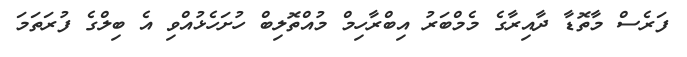
ފަރެސް މާތޮޑާ ދާއިރާގެ މެމްބަރު އިބްރާހިމް މުއްތޮލިބް ހުށަހެޅުއްވި އެ ބިލްގެ ފުރަތަމަ